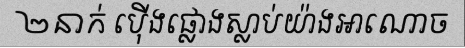
២នាក់ ប៉ើងផ្លោងស្លាប់យ៉ាងអាណោច